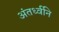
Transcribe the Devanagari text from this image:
अंतर्ध्वनि